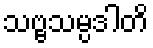
သဗ္ဗသမ္ပဒါတိ